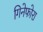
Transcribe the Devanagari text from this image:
गिनेफोरा